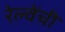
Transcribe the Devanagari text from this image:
रेल्वेंची